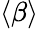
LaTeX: \langle\beta\rangle